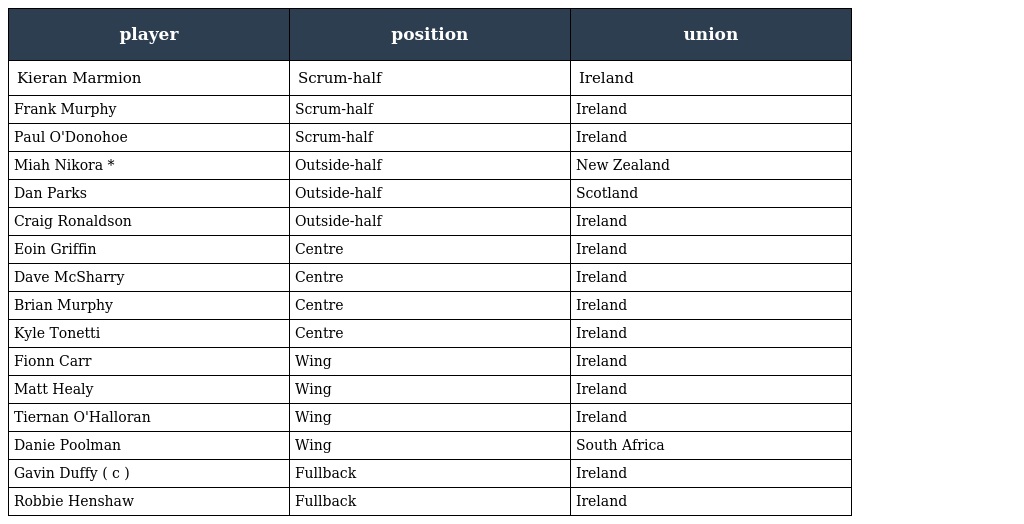
| player | position | union |
 | --- | --- | --- |
 | Kieran Marmion | Scrum-half | Ireland |
 | Frank Murphy | Scrum-half | Ireland |
 | Paul O'Donohoe | Scrum-half | Ireland |
 | Miah Nikora * | Outside-half | New Zealand |
 | Dan Parks | Outside-half | Scotland |
 | Craig Ronaldson | Outside-half | Ireland |
 | Eoin Griffin | Centre | Ireland |
 | Dave McSharry | Centre | Ireland |
 | Brian Murphy | Centre | Ireland |
 | Kyle Tonetti | Centre | Ireland |
 | Fionn Carr | Wing | Ireland |
 | Matt Healy | Wing | Ireland |
 | Tiernan O'Halloran | Wing | Ireland |
 | Danie Poolman | Wing | South Africa |
 | Gavin Duffy ( c ) | Fullback | Ireland |
 | Robbie Henshaw | Fullback | Ireland |